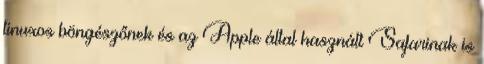
linuxos böngészőnek és az Apple által használt Safarinak is